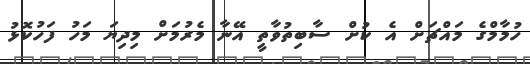
ހުމާމްގެ މައްޗަށް އެ ކުށް ސާބިތުވާތީ އޭނާ މެރުމަށް މިދިޔަ މަހު ފަހުކޮޅު